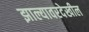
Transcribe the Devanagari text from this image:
झाल्यावरदेखील